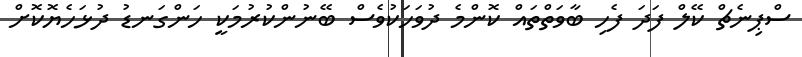
ސްޕިނެޗް ކޭލް ފަދަ ފެހި ބާވަތްތައް ކޮންމެ ދުވަހަކުވެސް ބޭނުންކުރުމަކީ ހަންގަނޑު ދުޅަހެޔޮކޮށް